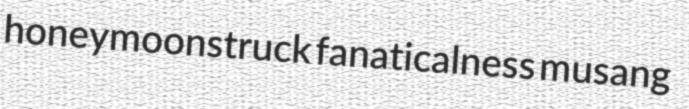
honeymoonstruck fanaticalness musang